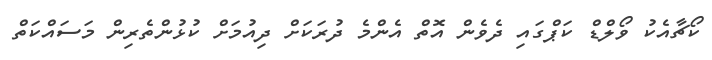
ކޯޗާއެކު ވޯލްޑް ކަޕްގައި ދެވެން އޮތް އެންމެ ދުރަކަށް ދިއުމަށް ކުޅުންތެރިން މަސައްކަތް